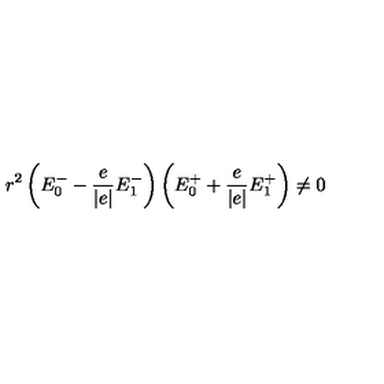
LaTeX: r ^ { 2 } \left( E _ { 0 } ^ { - } - \frac { e } { \left| e \right| } E _ { 1 } ^ { - } \right) \left( E _ { 0 } ^ { + } + \frac { e } { \left| e \right| } E _ { 1 } ^ { + } \right) \neq 0